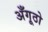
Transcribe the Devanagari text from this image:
अँगूठो